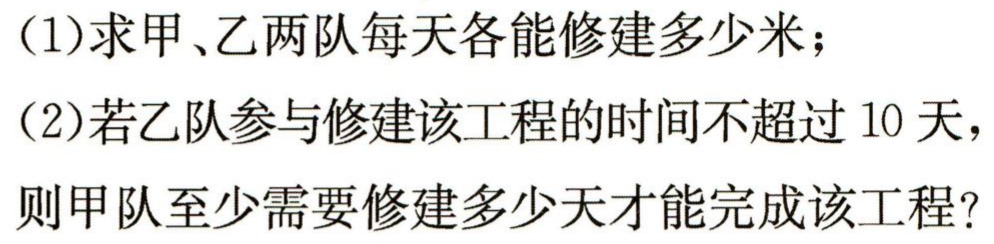
(1)求甲、乙两队每天各能修建多少米；

(2)若乙队参与修建该工程的时间不超过10天，则甲队至少需要修建多少天才能完成该工程？